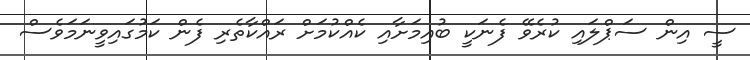
ސީ އިން ސަޕްލައި ކުރެވޭ ފެނަކީ ބުއިމަށާއި ކެއްކުމަށް ރައްކާތެރި ފެން ކަމުގައިވީނަމަވެސް